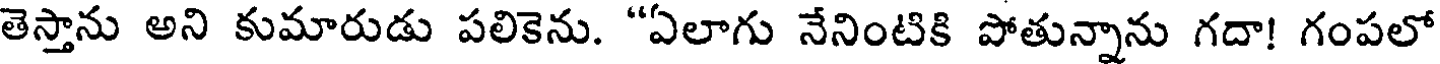
తెస్తాను అని కుమారుడు పలికెను. "ఏలాగు నేనింటికి పోతున్నాను గదా! గంపలో